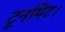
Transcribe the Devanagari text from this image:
टूर्नामेंट।